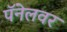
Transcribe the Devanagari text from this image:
पॅनेलवर